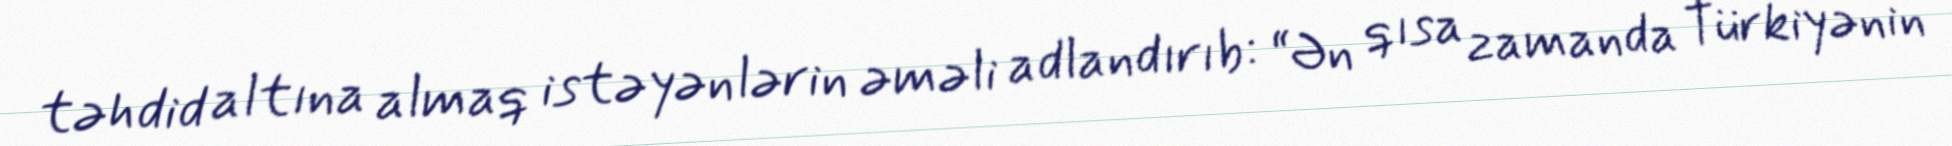
təhdid altına almaq istəyənlərin əməli adlandırıb: “Ən qısa zamanda Türkiyənin